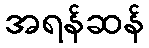
အရန်ဆန်